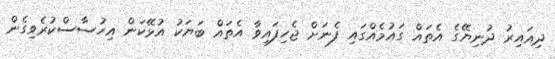
ދިއައިރު ދުނިޔޭގެ އެތައް ގައުމެއްގައި ފެނަށް ޖެހިފައިވާ އެތައް ބަޔަކު އުޅޭކަން އިހުސާސްކުރެވިގެން